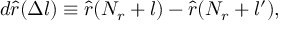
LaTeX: d \hat { r } ( \Delta l ) \equiv \hat { r } ( N _ { r } + l ) - \hat { r } ( N _ { r } + l ^ { \prime } ) ,